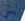
ليس